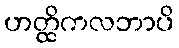
ဟတ္ထိကလဘာပိ